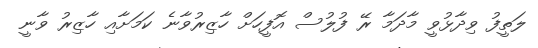
ލަތީފު ވިދާޅުވީ މާދަމާ ރޭ ފުލުސް އޮފީހަށް ހާޒިރުވާނެ ކަމަށާއި ހާޒިރު ވާނީ